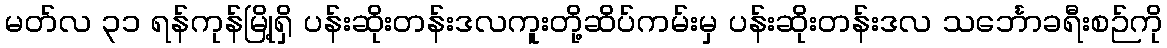
မတ်လ ၃၁ ရန်ကုန်မြို့ရှိ ပန်းဆိုးတန်းဒလကူးတို့ဆိပ်ကမ်းမှ ပန်းဆိုးတန်းဒလ သင်္ဘောခရီးစဉ်ကို